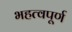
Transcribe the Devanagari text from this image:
भहत्वपूर्ण